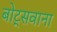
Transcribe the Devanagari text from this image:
बोट्सवाना